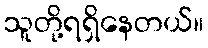
သူတို့ရရှိနေတယ်။